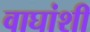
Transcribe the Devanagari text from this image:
वाघांशी